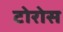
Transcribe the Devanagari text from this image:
टोरोस